Bombay plague: being a history of the progress of plague in the Bombay presidency from September 1896 to June 1899
Year: 1896
Disease focus: Plague
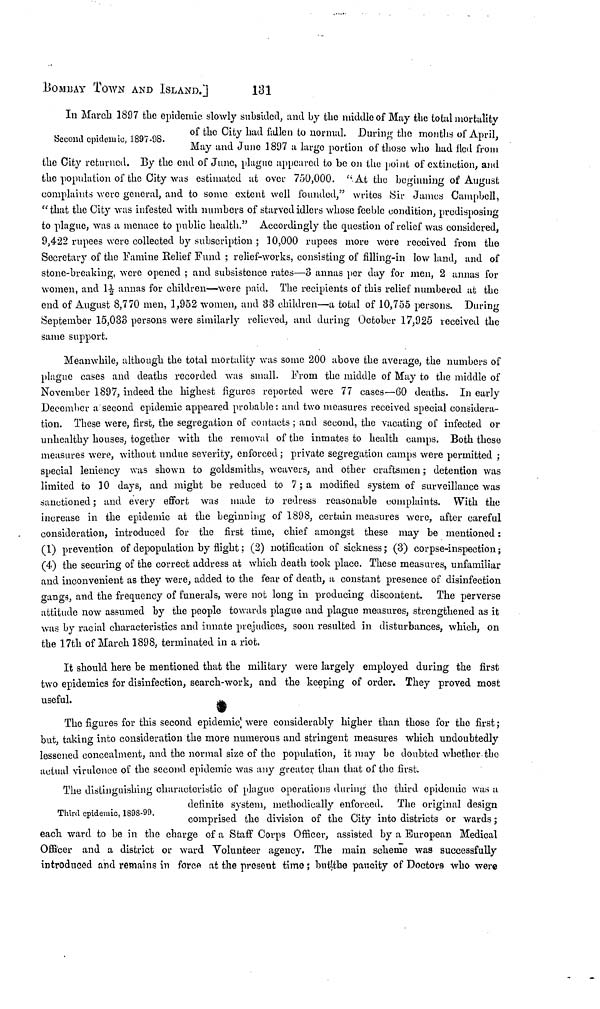
BOMBAY town AND ISLAND.]
131
Second epidemic, 1897-98.
In March 1897 the epidemic slowly subsided, and by the middle of May the total mortality
of the City had fallen to normal. During the months of April,
May and June 1897 a large portion of those who had fied from
the City returned. By the end of June, plague appeared to be on the point of extinetion, and
the population of the City was estimated at over 750,000. "At the beginning of August
complaints were general, and to some extent well founded," writes Sir James Campbell,
"that the City was infested with numbers of starved idlers whose feeble condition, predisposing
to plague, was a menace to public health." Accordingly the question of relief was considered,
9,422 rupees were collected by subscription ; 10,000 rupees more were received from the
Secretary of the Famine Relief Fund ; relief-works, consisting of filling-in low land, and of
stone-breaking, were opened ; and subsistence rates—3 annas per day for men, 2 annas for
women, and 1½ annas for children—were paid. The recipients of this relief numbered at the
end of August 8,770 men, 1,952 women, and 33 children—a total of 10,755 persons. During
September 15,033 persons were similarly relieved, and during October 17,925 received the
same support.
Meanwhile, although the total mortality was some 200 above the average, the numbers of
plague cases and deaths recorded was small. From the middle of May to the middle of
November 1897, indeed the highest figures reported were 77 cases—60 deaths. In early
December a second epidemic appeared probable : and two measures received special considera-
tion. These were, first, the segregation of contacts ; and second, the vacating of infected or
unhealthy houses, together with the removal of the inmates to health camps. Both these
measures were, without undue severity, enforced ; private segregation camps were permitted ;
special leniency was shown to goldsmiths, weavers, and other craftsmen ; detention was
limited to 10 days, and might be reduced to 7; a modified system of surveillance was
sanctioned ; and every effort was made to redress reasonable complaints. With the
increase in the epidemic at the beginning of 1898, certain measures were, after careful
consideration, introduced for the first time, chief amongst these may be mentioned :
(1) prevention of depopulation by flight ; (2) notification of sickness ; (3) corpse-inspection ;
(4) the securing of the correct address at which death took place. These measures, unfamiliar
and inconvenient as they were, added to the fear of death, a constant presence of disinfection
gangs, and the frequency of funerals, were not long in producing discontent. The perverse
attitude now assumed by the people towards plague and plague measures, strengthened as it
was by racial characteristics and innate prejudices, soon resulted in disturbances, which, on
the 17th of March 1898, terminated in a riot.
It should here be mentioned that the military were largely employed during the first
two epidemics for disinfection, search-work, and the keeping of order. They proved most
useful.
The figures for this second epidemic were considerably higher than those for the first ;
but, taking into consideration the more numerous and stringent measures which undoubtedly
lessened concealment, and the normal size of the population, it may be doubted whether the
actual virulence of the second epidemic was any greater than that of the first.
Third epidemic, 1898-99.
The distinguishing characteristic of plague operations during the third epidemic was a
definite system, methodically enforced. The original design
comprised the division of the City into districts or wards ;
each ward to be in the charge of a Staff Corps Officer, assisted by a European Medical
Officer and a district or ward Volunteer agency. The main scheme was successfully
introduced and remains in force at the present time ; but the pancity of Doctors who were